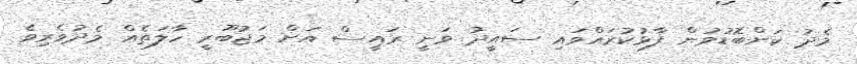
މެދު ކަންބޮޑުވުން ފާޅުކުރައްވައި ސައީދު ވަނީ ރައީސް އަށް މަޖުބޫރީ ހާލަތެއް މެދުވެރިވެ